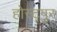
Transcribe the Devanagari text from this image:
होस्ट्पुर